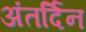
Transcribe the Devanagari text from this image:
अंतर्दिन